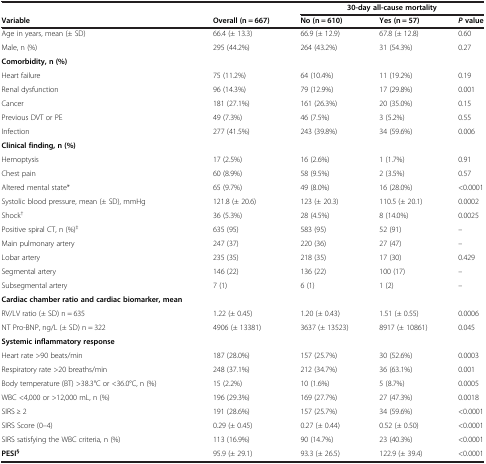
<table><thead><tr><td><b> </b></td><td><b> </b></td><td colspan="3"><b>30-day all-cause mortality</b></td></tr><tr><td><b>Variable</b></td><td><b>Overall (n = 667)</b></td><td><b>No (n = 610)</b></td><td><b>Yes (n = 57)</b></td><td><b><i>P </i>value</b></td></tr></thead><tbody><tr><td>Age in years, mean (± SD)</td><td>66.4 (± 13.3)</td><td>66.9 (± 12.9)</td><td>67.8 (± 12.8)</td><td>0.60</td></tr><tr><td>Male, n (%)</td><td>295 (44.2%)</td><td>264 (43.2%)</td><td>31 (54.3%)</td><td>0.27</td></tr><tr><td><b>Comorbidity, n (%)</b></td><td> </td><td> </td><td> </td><td> </td></tr><tr><td>Heart failure</td><td>75 (11.2%)</td><td>64 (10.4%)</td><td>11 (19.2%)</td><td>0.19</td></tr><tr><td>Renal dysfunction</td><td>96 (14.3%)</td><td>79 (12.9%)</td><td>17 (29.8%)</td><td>0.001</td></tr><tr><td>Cancer</td><td>181 (27.1%)</td><td>161 (26.3%)</td><td>20 (35.0%)</td><td>0.15</td></tr><tr><td>Previous DVT or PE</td><td>49 (7.3%)</td><td>46 (7.5%)</td><td>3 (5.2%)</td><td>0.55</td></tr><tr><td>Infection</td><td>277 (41.5%)</td><td>243 (39.8%)</td><td>34 (59.6%)</td><td>0.006</td></tr><tr><td><b>Clinical finding, n (%)</b></td><td> </td><td> </td><td> </td><td> </td></tr><tr><td>Hemoptysis</td><td>17 (2.5%)</td><td>16 (2.6%)</td><td>1 (1.7%)</td><td>0.91</td></tr><tr><td>Chest pain</td><td>60 (8.9%)</td><td>58 (9.5%)</td><td>2 (3.5%)</td><td>0.57</td></tr><tr><td>Altered mental state*</td><td>65 (9.7%)</td><td>49 (8.0%)</td><td>16 (28.0%)</td><td>&lt;0.0001</td></tr><tr><td>Systolic blood pressure, mean (± SD), mmHg</td><td>121.8 (± 20.6)</td><td>123 (± 20.3)</td><td>110.5 (± 20.1)</td><td>0.0002</td></tr><tr><td>Shock<sup>†</sup></td><td>36 (5.3%)</td><td>28 (4.5%)</td><td>8 (14.0%)</td><td>0.0025</td></tr><tr><td>Positive spiral CT, n (%)<sup>‡</sup></td><td>635 (95)</td><td>583 (95)</td><td>52 (91)</td><td>–</td></tr><tr><td>Main pulmonary artery</td><td>247 (37)</td><td>220 (36)</td><td>27 (47)</td><td>–</td></tr><tr><td>Lobar artery</td><td>235 (35)</td><td>218 (35)</td><td>17 (30)</td><td>0.429</td></tr><tr><td>Segmental artery</td><td>146 (22)</td><td>136 (22)</td><td>100 (17)</td><td>–</td></tr><tr><td>Subsegmental artery</td><td>7 (1)</td><td>6 (1)</td><td>1 (2)</td><td>–</td></tr><tr><td><b>Cardiac chamber ratio and cardiac biomarker, mean</b></td><td> </td><td> </td><td> </td><td> </td></tr><tr><td>RV/LV ratio (± SD) n = 635</td><td>1.22 (± 0.45)</td><td>1.20 (± 0.43)</td><td>1.51 (± 0.55)</td><td>0.0006</td></tr><tr><td>NT Pro-BNP, ng/L (± SD) n = 322</td><td>4906 (± 13381)</td><td>3637 (± 13523)</td><td>8917 (± 10861)</td><td>0.045</td></tr><tr><td><b>Systemic inflammatory response</b></td><td> </td><td> </td><td> </td><td> </td></tr><tr><td>Heart rate &gt;90 beats/min</td><td>187 (28.0%)</td><td>157 (25.7%)</td><td>30 (52.6%)</td><td>0.0003</td></tr><tr><td>Respiratory rate &gt;20 breaths/min</td><td>248 (37.1%)</td><td>212 (34.7%)</td><td>36 (63.1%)</td><td>0.001</td></tr><tr><td>Body temperature (BT) &gt;38.3°C or &lt;36.0°C, n (%)</td><td>15 (2.2%)</td><td>10 (1.6%)</td><td>5 (8.7%)</td><td>0.0005</td></tr><tr><td>WBC &lt;4,000 or &gt;12,000 mL, n (%)</td><td>196 (29.3%)</td><td>169 (27.7%)</td><td>27 (47.3%)</td><td>0.0018</td></tr><tr><td>SIRS ≥ 2</td><td>191 (28.6%)</td><td>157 (25.7%)</td><td>34 (59.6%)</td><td>&lt;0.0001</td></tr><tr><td>SIRS Score (0–4)</td><td>0.29 (± 0.45)</td><td>0.27 (± 0.44)</td><td>0.52 (± 0.50)</td><td>&lt;0.0001</td></tr><tr><td>SIRS satisfying the WBC criteria, n (%)</td><td>113 (16.9%)</td><td>90 (14.7%)</td><td>23 (40.3%)</td><td>&lt;0.0001</td></tr><tr><td><b>PESI</b><sup><b>§</b></sup></td><td>95.9 (± 29.1)</td><td>93.3 (± 26.5)</td><td>122.9 (± 39.4)</td><td>&lt;0.0001</td></tr></tbody></table>